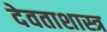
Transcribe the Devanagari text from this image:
देवताशास्त्र